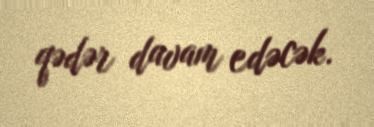
qədər davam edəcək.